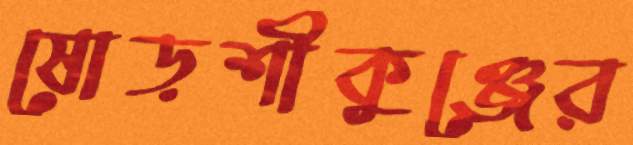
ষোড়শীকুঞ্জের